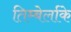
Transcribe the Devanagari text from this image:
तिम्बेर्लाके